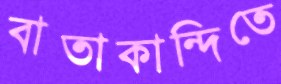
বাতাকান্দিতে